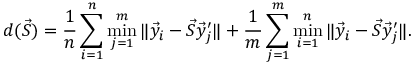
d ( \vec { S } ) = \frac 1 n \sum _ { i = 1 } ^ { n } \operatorname* { m i n } _ { j = 1 } ^ { m } \, \lVert \vec { y } _ { i } - \vec { S } \vec { y } _ { j } ^ { \prime } \rVert + \frac 1 m \sum _ { j = 1 } ^ { m } \operatorname* { m i n } _ { i = 1 } ^ { n } \, \lVert \vec { y } _ { i } - \vec { S } \vec { y } _ { j } ^ { \prime } \rVert .